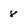
Character: 8